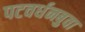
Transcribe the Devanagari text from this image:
पटवर्धनबुवा